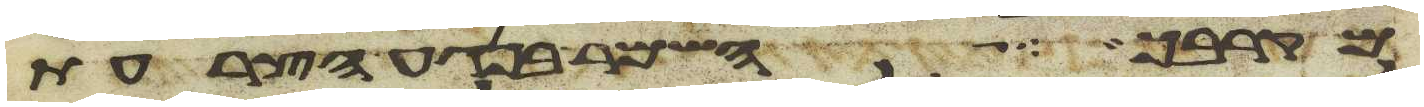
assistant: מקרבך השמר בנגע הצרעת